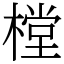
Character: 樘